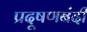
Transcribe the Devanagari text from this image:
प्रदूषणबंदी